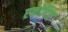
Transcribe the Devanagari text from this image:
एकोदिष्ट